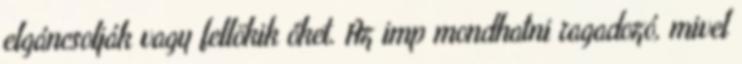
elgáncsolják vagy fellökik őket. Az imp mondhatni ragadozó, mivel